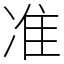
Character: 准